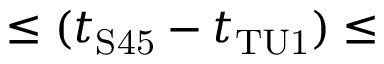
\leq ( t _ { \mathrm { S 4 5 } } - t _ { \mathrm { T U 1 } } ) \leq